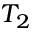
T _ { 2 }